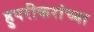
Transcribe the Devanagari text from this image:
हुपरीकरांच्या